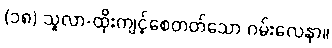
(၁၈) သူလာ-ထိုးကျင့်စေတတ်သော ဂမ်းလေနာ။